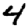
Digit: 4